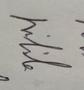
Signature authenticity: genuine